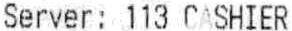
SERVER: 113 CASHIER